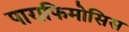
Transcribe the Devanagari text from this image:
पाराफिमोसिस